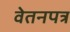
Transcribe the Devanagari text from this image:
वेतनपत्र